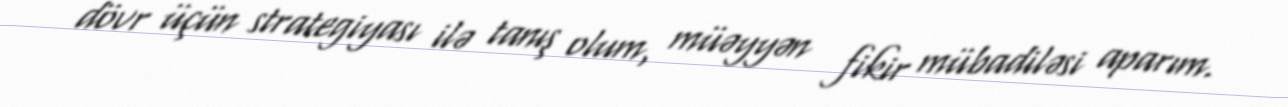
dövr üçün strategiyası ilə tanış olum, müəyyən fikir mübadiləsi aparım.